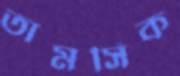
তামসিক